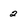
Character: 2